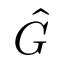
\hat { G }